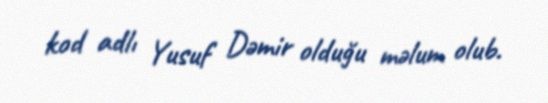
kod adlı Yusuf Dəmir olduğu məlum olub.